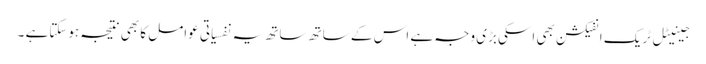
جینیٹل ٹریک انفیکشن بھی اسکی بڑی وجہ ہے اس کے ساتھ ساتھ یہ نفسیاتی عوامل کا بھی نتیجہ ہوسکتاہے ۔